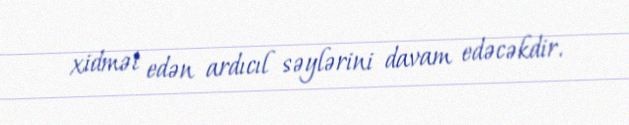
xidmət edən ardıcıl səylərini davam edəcəkdir.